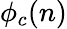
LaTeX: \phi_{c}(n)